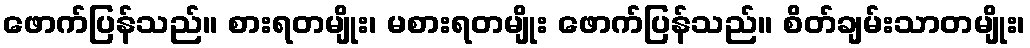
ဖောက်ပြန်သည်။ စားရတမျိုး၊ မစားရတမျိုး ဖောက်ပြန်သည်။ စိတ်ချမ်းသာတမျိုး၊